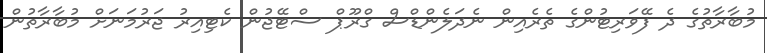
މުބާރާތުގެ ދެ ފޭވަރިޓުންގެ ތެރެއިން ނެދަލެންޑްސް ގްރޫޕް ސްޓޭޖުން ކެޓިއިރު ޖަރުމަނަށް މުބާރާތުން